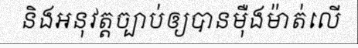
និងអនុវត្តច្បាប់ឲ្យបានម៉ឺងម៉ាត់លើ